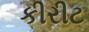
કીરીટ